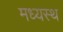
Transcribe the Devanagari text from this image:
मध्‍यस्‍थ